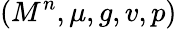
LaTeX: (M^{n},\mu,g,v,p)